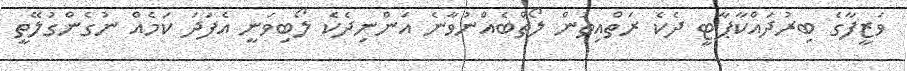
ވަޒީފާގެ ބިރުދައްކާޕާޓީ ދެކެ ރަތްއިތުން ލޯތްބެއްނުވާނެ އަންނިދެކެ ލޯބިވަނީ އެފަދަ ކަމެއް ނުގެންގުލޭތީ